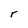
Character: r